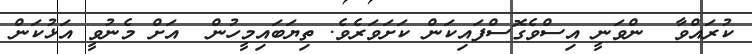
ކުރައްވާ  ންވަނީ އިސްވެގޮސްފައިކަން ކަށަވަރެވެ. ތިޔަބައިމީހުން  އަށް މެނުވީ އަޅުކަން